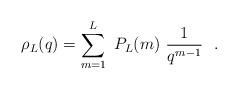
LaTeX: \begin{align*}\rho_L (q) = \sum_{m=1}^L \ P_L (m) \ {1 \over q^{m-1}} \ \ .\end{align*}